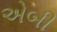
એબી